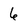
Character: 6